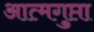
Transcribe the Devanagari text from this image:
आत्मगुप्ता